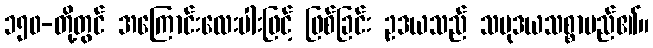
၁၅၀-တို့တွင် အကြောင်းလေးပါးဖြင့် ဖြစ်ခြင်း ဥဒယသည် သမုဒယသစ္စာမည်၏။